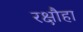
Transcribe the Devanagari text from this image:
रक्षौहा